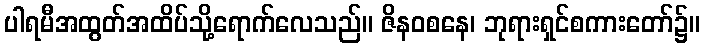
ပါရမီအထွတ်အထိပ်သို့ရောက်လေသည်။ ဇိနဝစနေ၊ ဘုရားရှင်စကားတော်၌။